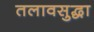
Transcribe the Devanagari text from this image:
तलावसुद्धा